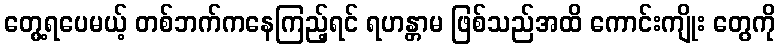
တွေ့ရပေမယ့် တစ်ဘက်ကနေကြည့်ရင် ရဟန္တာမ ဖြစ်သည်အထိ ကောင်းကျိုး တွေကို